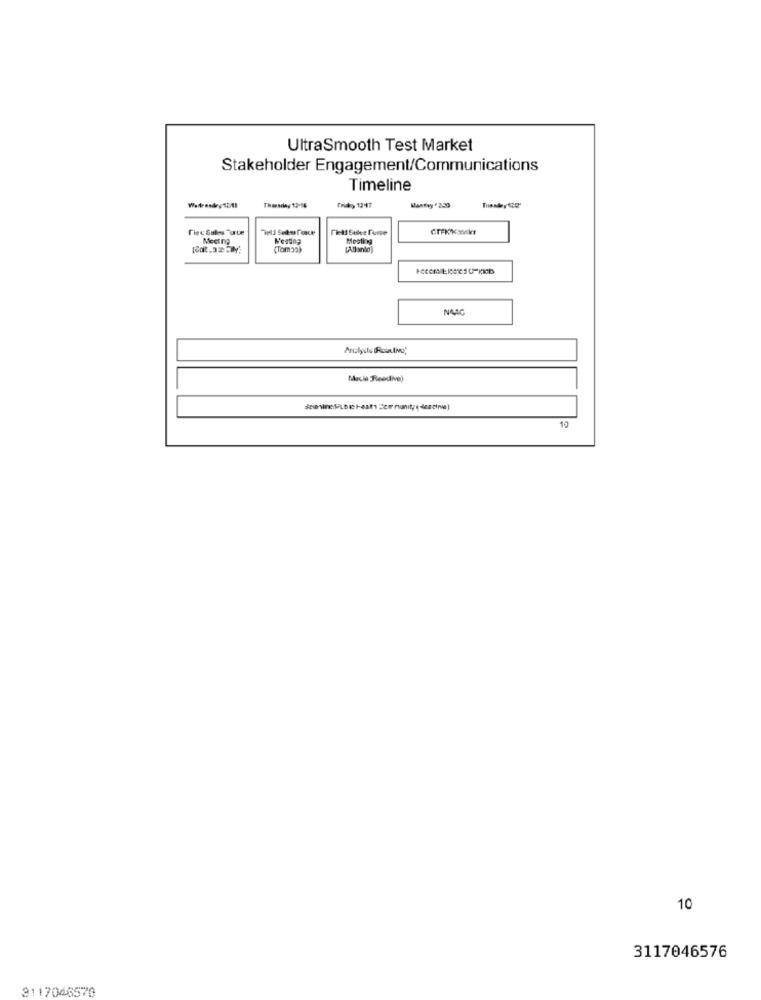
UltraSmooth Test Market
Stakeholder Engagement/Communications
Timeline
Thmarley 12-86
Erikny 12 47
Thec Sukess Turte
Tiet Sukee Fuite
GTFRIKASAk
Meeting
M'esting
Mosting
(Tamaa)
[Atlanto)
NAAC
Anualydle Rouxlive
Mecla Reedive)
10
10
3117046576
3117046570